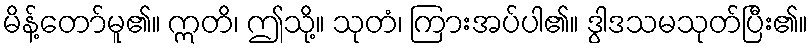
မိန့်တော်မူ၏။ ဣတိ၊ ဤသို့။ သုတံ၊ ကြားအပ်ပါ၏။ ဒွါဒသမသုတ်ပြီး၏။